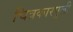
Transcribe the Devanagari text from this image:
चित्रकारपुली